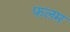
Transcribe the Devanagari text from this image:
फलम